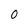
Character: 0